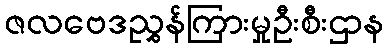
ဇလဗေဒညွှန်ကြားမှုဦးစီးဌာန